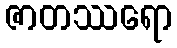
ဇာတဿရော